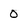
Character: 0